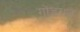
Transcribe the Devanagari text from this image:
गोंडराजे